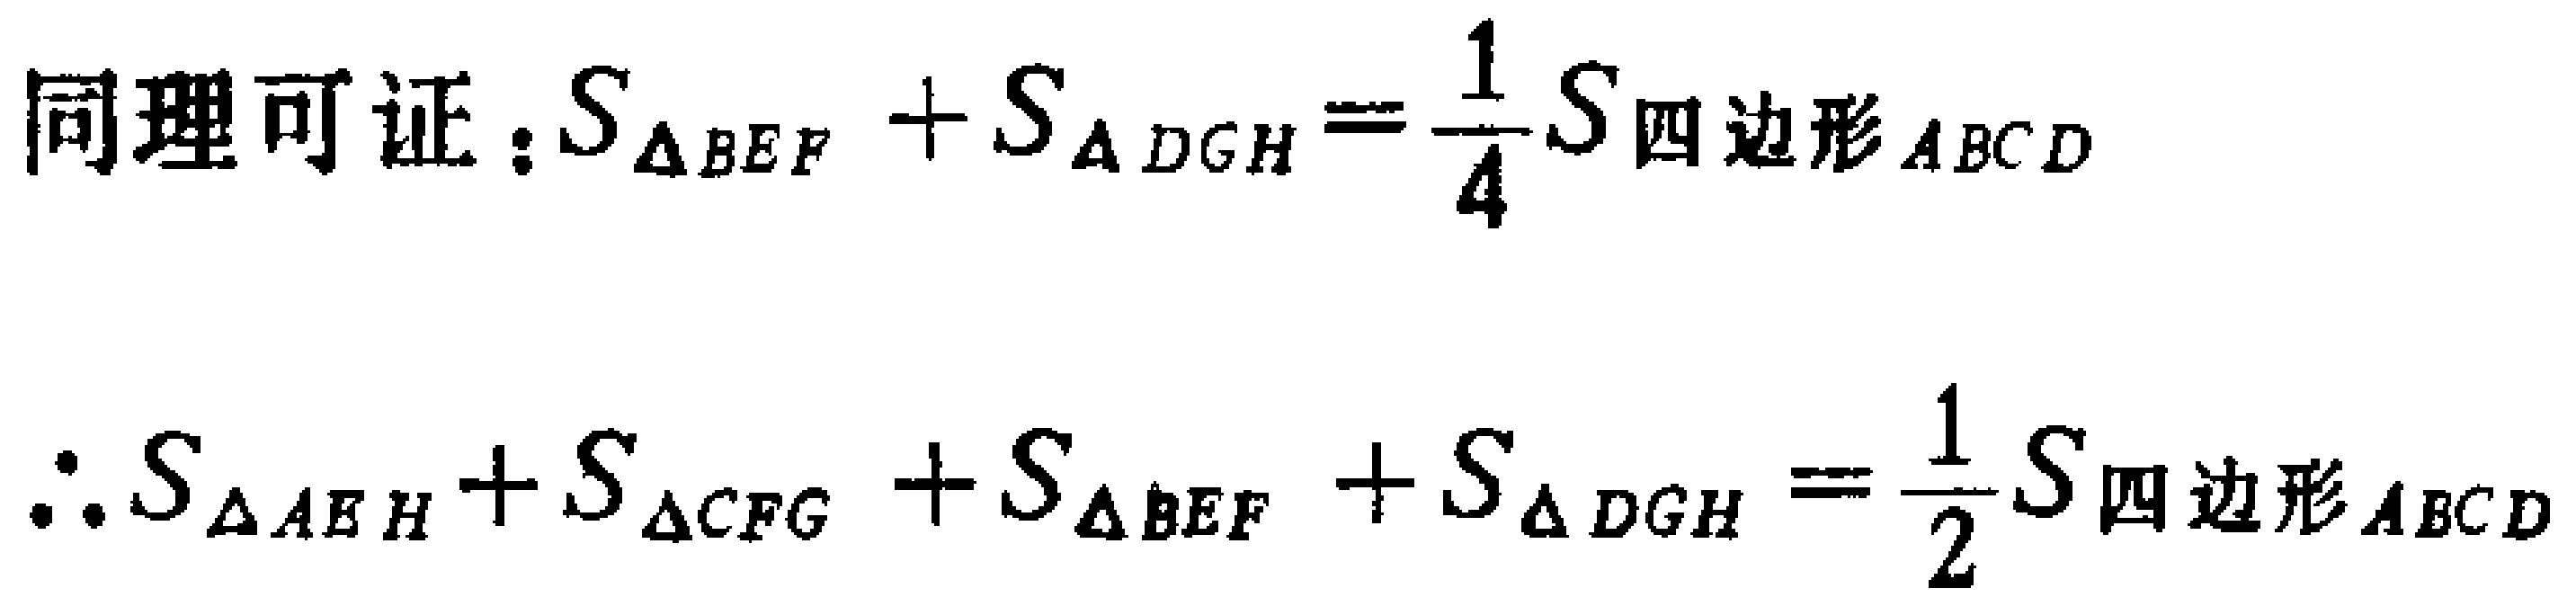
同理可证：\(S_{\triangle BEF} + S_{\triangle DGH}=\frac{1}{4}S_{四边形ABCD}\)

\(\therefore S_{\triangle ABH}+S_{\triangle CFG} + S_{\triangle BEF} + S_{\triangle DGH}=\frac{1}{2}S_{四边形ABCD}\)